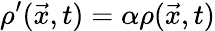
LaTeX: \rho^{\prime}(\vec{x},t)=\alpha\rho(\vec{x},t)